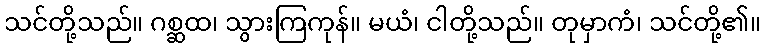
သင်တို့သည်။ ဂစ္ဆထ၊ သွားကြကုန်။ မယံ၊ ငါတို့သည်။ တုမှာကံ၊ သင်တို့၏။